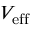
V _ { \mathrm { e f f } }